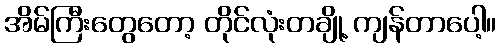
အိမ်ကြီးတွေတော့ တိုင်လုံးတချို့ ကျန်တာပေါ့။